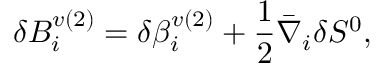
\delta B _ { i } ^ { v ( 2 ) } = \delta \beta _ { i } ^ { v ( 2 ) } + \frac { 1 } { 2 } \bar { \nabla } _ { i } \delta S ^ { 0 } ,